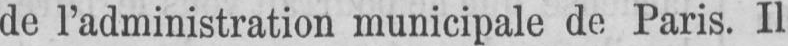
de l’administration municipale de Paris. Il